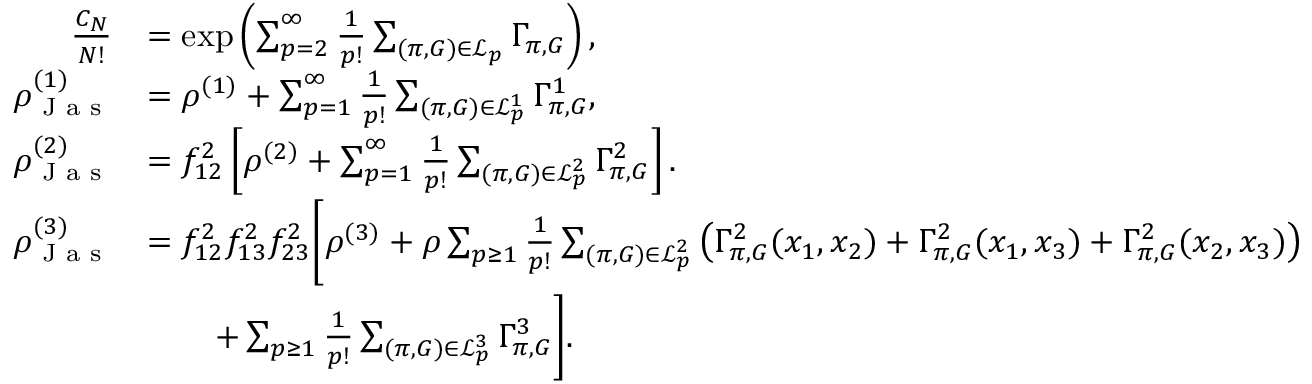
\begin{array} { r l } { \frac { C _ { N } } { N ! } } & { = \exp \left( \sum _ { p = 2 } ^ { \infty } \frac { 1 } { p ! } \sum _ { ( \pi , G ) \in \mathcal { L } _ { p } } \Gamma _ { \pi , G } \right) , } \\ { \rho _ { \textnormal { J a s } } ^ { ( 1 ) } } & { = \rho ^ { ( 1 ) } + \sum _ { p = 1 } ^ { \infty } \frac { 1 } { p ! } \sum _ { ( \pi , G ) \in \mathcal { L } _ { p } ^ { 1 } } \Gamma _ { \pi , G } ^ { 1 } , } \\ { \rho _ { \textnormal { J a s } } ^ { ( 2 ) } } & { = f _ { 1 2 } ^ { 2 } \left[ \rho ^ { ( 2 ) } + \sum _ { p = 1 } ^ { \infty } \frac { 1 } { p ! } \sum _ { ( \pi , G ) \in \mathcal { L } _ { p } ^ { 2 } } \Gamma _ { \pi , G } ^ { 2 } \right] . } \\ { \rho _ { \textnormal { J a s } } ^ { ( 3 ) } } & { = f _ { 1 2 } ^ { 2 } f _ { 1 3 } ^ { 2 } f _ { 2 3 } ^ { 2 } \Biggl [ \rho ^ { ( 3 ) } + \rho \sum _ { p \geq 1 } \frac { 1 } { p ! } \sum _ { ( \pi , G ) \in \mathcal { L } _ { p } ^ { 2 } } \left( \Gamma _ { \pi , G } ^ { 2 } ( x _ { 1 } , x _ { 2 } ) + \Gamma _ { \pi , G } ^ { 2 } ( x _ { 1 } , x _ { 3 } ) + \Gamma _ { \pi , G } ^ { 2 } ( x _ { 2 } , x _ { 3 } ) \right) } \\ & { \qquad + \sum _ { p \geq 1 } \frac { 1 } { p ! } \sum _ { ( \pi , G ) \in \mathcal { L } _ { p } ^ { 3 } } \Gamma _ { \pi , G } ^ { 3 } \Biggr ] . } \end{array}